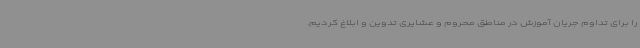
را برای تداوم جریان آموزش در مناطق محروم و عشایری تدوین و ابلاغ کردیم.